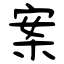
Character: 案